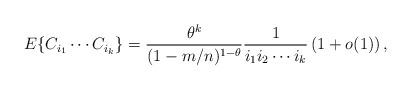
LaTeX: \begin{align*}E\{C_{i_1}\cdots C_{i_k} \} = \frac{\theta^k}{(1-m/n)^{1- \theta}}\frac{1}{i_1 i_2\cdots i_k}\left(1+o(1)\right),\end{align*}